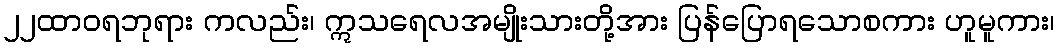
၂၂ထာဝရဘုရား ကလည်း၊ ဣသရေလအမျိုးသားတို့အား ပြန်ပြောရသောစကား ဟူမူကား၊